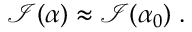
\mathcal I ( \alpha ) \approx \mathcal I ( \alpha _ { 0 } ) \; .